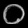
Digit: ၀